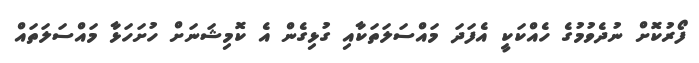
ފޯރުކޮށް ނުދެވުމުގެ ހެއްކަކީ އެފަދަ މައްސަލަތަކާއި ގުޅިގެން އެ ކޮމިޝަނަށް ހުށަހަޅާ މައްސަލަތައް